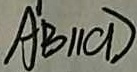
A B / / C D